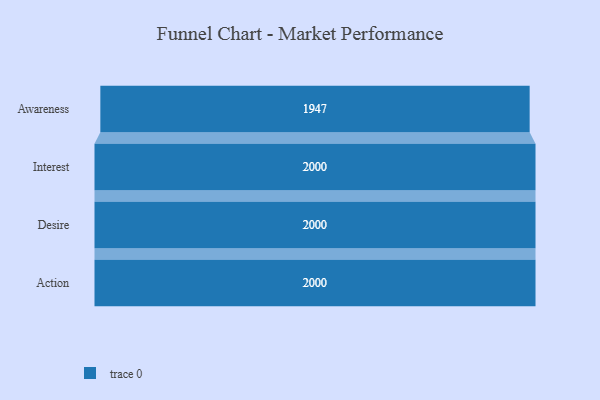
{"axis": {"x": "Stage", "y": "Value"}, "legend": [""], "data": [{"x": "Awareness", "y": 1947.0, "type": ""}, {"x": "Interest", "y": 2000, "type": ""}, {"x": "Desire", "y": 2000, "type": ""}, {"x": "Action", "y": 2000, "type": ""}]}